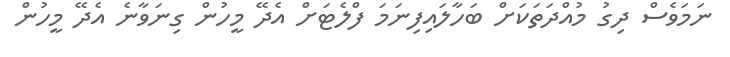
ނަމަވެސް ދިގު މުއްދަތަކަށް ބަހާލައިފިނަމަ ފްލެޓަށް އެދޭ މީހުން ގިނަވާނެ އެދޭ މީހުން